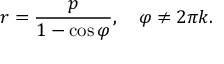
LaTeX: r = { \frac { p } { 1 - \cos \varphi } } , \quad \varphi \neq 2 \pi k .